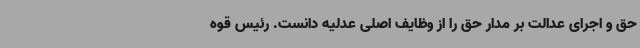
حق و اجرای عدالت بر مدار حق را از وظایف اصلی عدلیه دانست. رئیس قوه